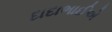
દાદાભાઈએ